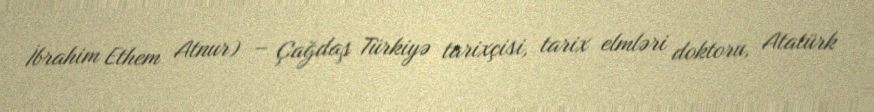
İbrahim Ethem Atnur) – Çağdaş Türkiyə tarixçisi, tarix elmləri doktoru, Atatürk